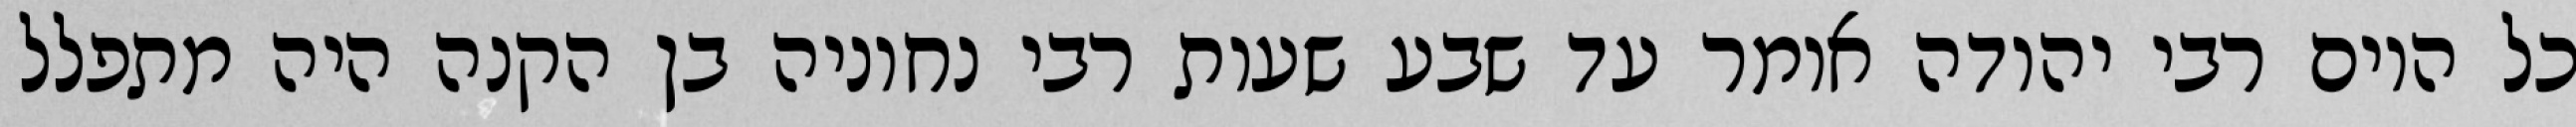
כל היום רבי יהודה אומר עד שבע שעות רבי נחוניה בן הקנה היה מתפלל